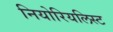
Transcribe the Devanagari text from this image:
नियोरियलिस्ट